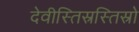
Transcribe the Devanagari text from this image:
देवीस्तिस्रस्तिस्रो